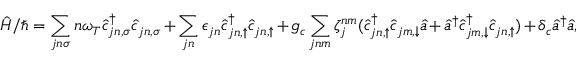
\hat { H } / \hbar = \sum _ { j n \sigma } n \omega _ { T } \hat { c } _ { j n , \sigma } ^ { \dag } \hat { c } _ { j n , \sigma } + \sum _ { j n } \epsilon _ { j n } \hat { c } _ { j n , \uparrow } ^ { \dag } \hat { c } _ { j n , \uparrow } + g _ { c } \sum _ { j n m } \zeta _ { j } ^ { n m } ( \hat { c } _ { j n , \uparrow } ^ { \dag } \hat { c } _ { j m , \downarrow } \hat { a } + \hat { a } ^ { \dag } \hat { c } _ { j m , \downarrow } ^ { \dag } \hat { c } _ { j n , \uparrow } ) + \delta _ { c } \hat { a } ^ { \dag } \hat { a } ,